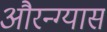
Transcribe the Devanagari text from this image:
औरन्ग्यास